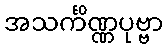
အသင်္ကိဏ္ဏပုဗ္ဗာ